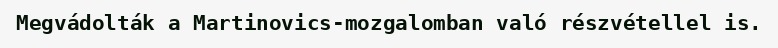
Megvádolták a Martinovics-mozgalomban való részvétellel is.